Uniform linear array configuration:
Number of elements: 4
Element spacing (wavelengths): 0.25
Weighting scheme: hann
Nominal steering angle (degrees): -15
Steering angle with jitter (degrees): -15.634
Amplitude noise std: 0.05
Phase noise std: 0.05

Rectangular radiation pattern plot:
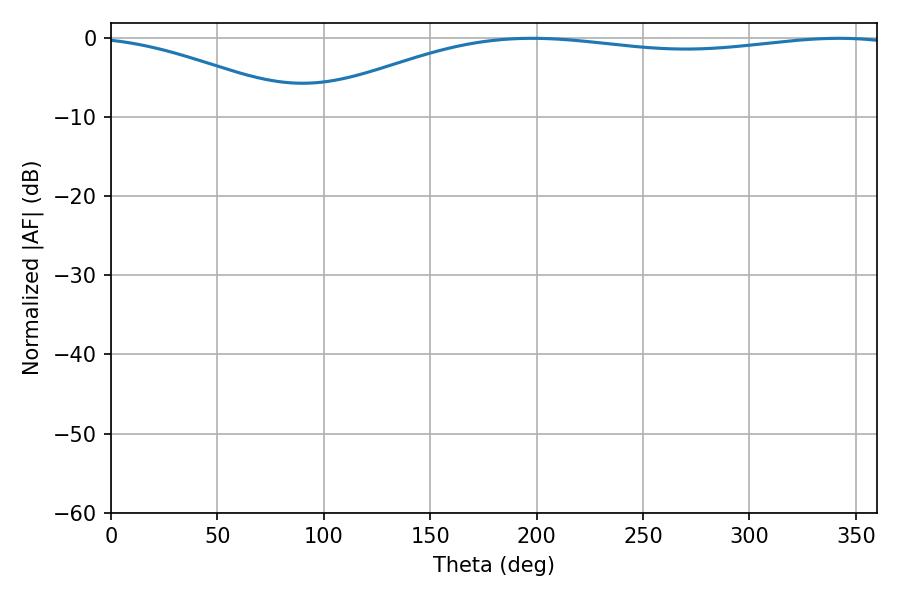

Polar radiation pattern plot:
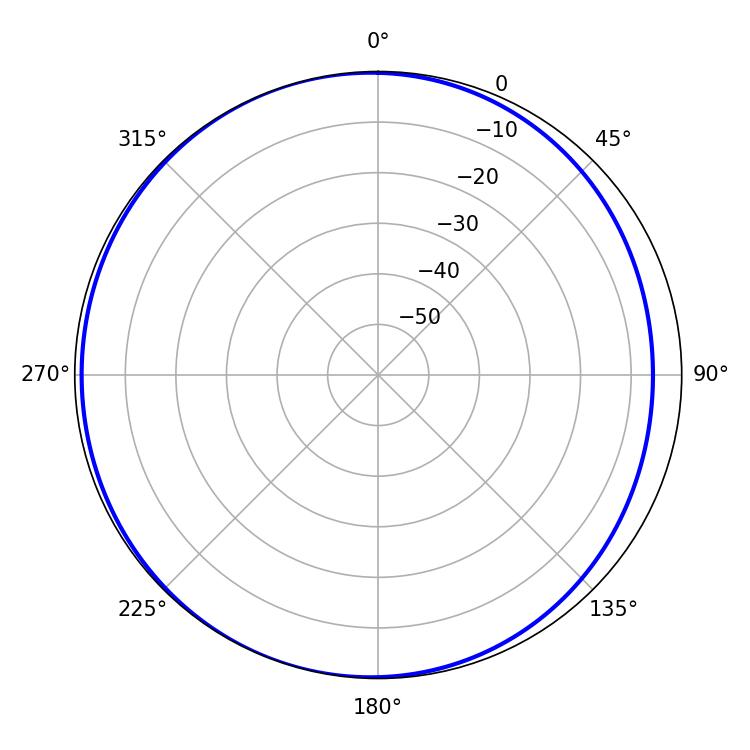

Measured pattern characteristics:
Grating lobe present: FALSE
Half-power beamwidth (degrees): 223.92
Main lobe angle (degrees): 197.82